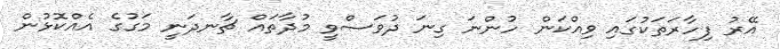
އޭރު ފިހާރަތަކުގައި ވިއްކަން ހުންނަ ގިނަ ދުވަސްވީ މުދާތައް ޗާނދަނީ މަގުގެ އެއްކޮޅުން